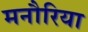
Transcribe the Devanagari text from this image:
मनौरिया